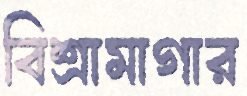
বিশ্রামাগার